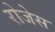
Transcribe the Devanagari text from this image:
रोजेस